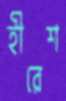
হীরেশ